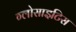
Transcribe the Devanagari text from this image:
ग्लोसाइटिस